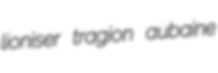
lioniser tragion aubaine